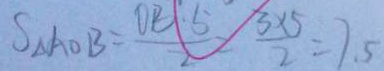
S _ { \Delta A O B } = \frac { O E \cdot 5 } { 2 } = \frac { 3 \times 5 } { 2 } = 7 . 5